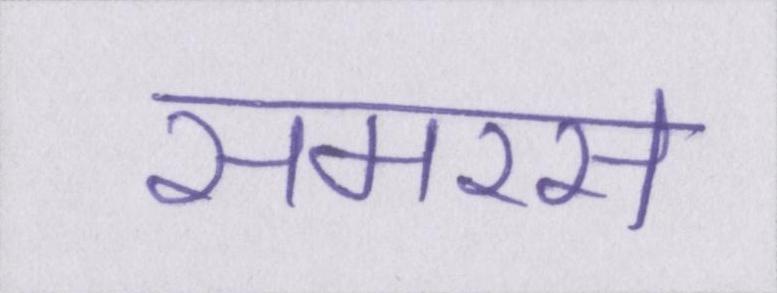
समरस